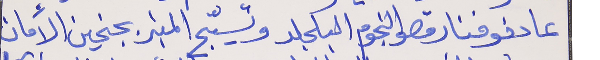
عا دفوفنا رقصو النجوم البلجلد وتسيّج المنبر بجنحين الأمان